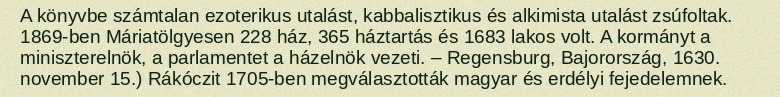
A könyvbe számtalan ezoterikus utalást, kabbalisztikus és alkimista utalást zsúfoltak. 1869-ben Máriatölgyesen 228 ház, 365 háztartás és 1683 lakos volt. A kormányt a miniszterelnök, a parlamentet a házelnök vezeti. – Regensburg, Bajorország, 1630. november 15.) Rákóczit 1705-ben megválasztották magyar és erdélyi fejedelemnek.